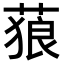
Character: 𦵧